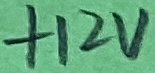
Text: +12V